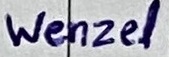
Text: Wenzel